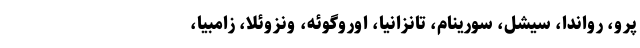
پرو، رواندا، سیشل، سورینام، تانزانیا، اوروگوئه، ونزوئلا، زامبیا،